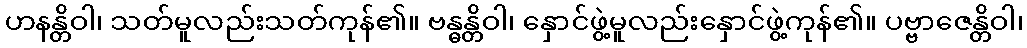
ဟနန္တိဝါ၊ သတ်မူလည်းသတ်ကုန်၏။ ဗန္ဓန္တိဝါ၊ နှောင်ဖွဲ့မူလည်းနှောင်ဖွဲ့ကုန်၏။ ပဗ္ဗာဇေန္တိဝါ၊